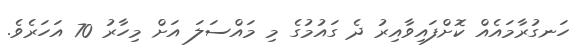
ހަނގުރާމައެއް ކޮށްފައިވާއިރު ދެ ގައުމުގެ މި މައްސަލަ އަށް މިހާރު 70 އަހަރެވެ.